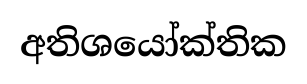
අතිශයෝක්තික